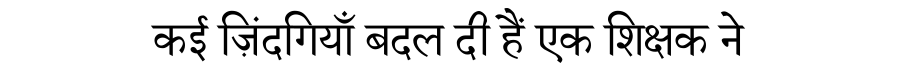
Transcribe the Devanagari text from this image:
कई ज़िंदगियाँ बदल दी हैं एक शिक्षक ने